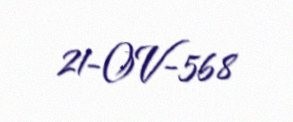
21-OV-568